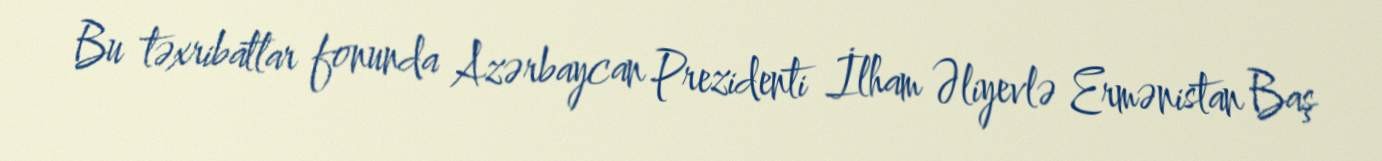
Bu təxribatlar fonunda Azərbaycan Prezidenti İlham Əliyevlə Ermənistan Baş